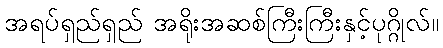
အရပ်ရှည်ရှည် အရိုးအဆစ်ကြီးကြီးနှင့်ပုဂ္ဂိုလ်။